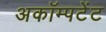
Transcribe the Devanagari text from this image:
अकॉम्पटेंट